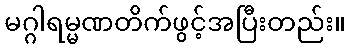
မဂ္ဂါရမ္မဏတိက်ဖွင့်အပြီးတည်း။